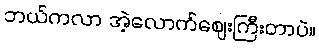
ဘယ်ကလာ အဲ့လောက်ဈေးကြီးတာပဲ။